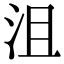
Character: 沮